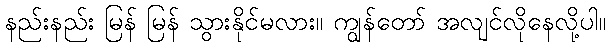
နည်းနည်း မြန် မြန် သွားနိုင်မလား။ ကျွန်တော် အလျင်လိုနေလို့ပါ။